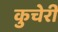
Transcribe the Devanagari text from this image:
कुचेरी